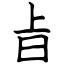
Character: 㫖